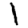
Digit: 1